Lunatic asylums United Prov. 1922-30 - 1922-1930
Year: 1922
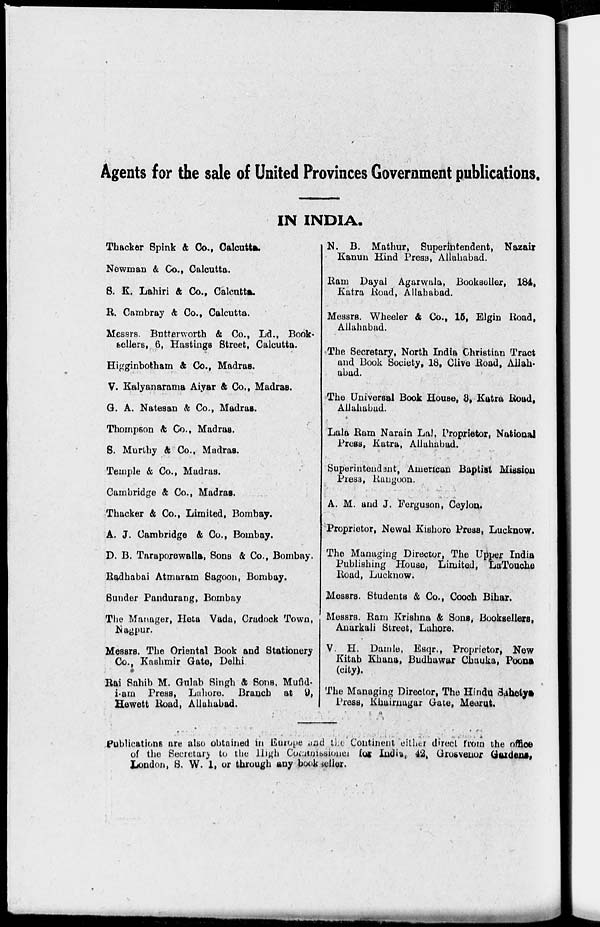
Agents for the sale of United Provinces Government publications.
IN INDIA.
Thacker Spink & Co., Calcutta.
Newman & Co., Calcutta.
8. K. Lahiri & Co., Calcutta.
R. Cambray & Co., Calcutta.
Messrs. Butterworth & Co., Ld., Book-
sellers, 6, Hastings Street, Calcutta.
Higginbotham & Co., Madras.
V. Kalyanarama Aiyar & Co., Madras.
G. A. Natesan & Co., Madras.
Thompson & Co., Madras.
S. Murthy & Co., Madras.
Temple & Co., Madras.
Cambridge & Co., Madras.
Thacker & Co., Limited, Bombay.
A. J. Cambridge & Co., Bombay.
D. B. Taraporewalla, Sons & Co., Bombay.
Radhabai Atmaram Sagoon, Bombay.
Sunder Pandurang, Bombay
The Manager, Heta Vada, Cradock Town,
Nagpur.
Messrs. The Oriental Book and Stationery
Co., Kashmir Gate, Delhi.
Rai Sahib M. Gulab Singh & Sons, Mufid-
i-am Press, Lahore. Branch at 9,
Hewett Road, Allahabad.
N. B. Mathur, Superintendent, Nazair
Kanun Hind Press, Allahabad.
Ram Dayal Agarwala, Bookseller, 184,
Katra Road, Allahabad.
Messrs. Wheeler & Co., 15, Elgin Road,
Allahabad.
The Secretary, North India Christian Tract
and Book Society, 18, Clive Road, Allah-
abad.
The Universal Book House, 3, Katra Road,
Allahabad.
Lala Ram Narain Lal, Proprietor, National
Press, Katra, Allahabad.
Superintendent, American Baptist Mission
Press, Rangoon.
A. M. and J. Ferguson, Ceylon,
Proprietor, Newal Kishore Press, Lucknow.
The Managing Director, The Upper India
Publishing House, Limited, LaTouche
Road, Lucknow.
Messrs. Students & Co., Cooch Bihar.
Messrs. Ram Krishna & Sons, Booksellers,
Anarkali Street, Lahore.
V. H. Damle, Esqr., Proprietor, New
Kitab Khana, Budhawar Chauka, Poona
(city).
The Managing Director, The Hindu Sahetya
Press, Khairnagar Gate, Meerut.
Publications are also obtained in Europe and the Continent either direct from the office
of the Secretary to the High Commissioner for India, 42, Grosvenor Gardens,
London, S. W. 1, or through any bookseller.